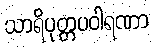
သာရိပုတ္တပဝါရဏာ